Scottish Leaving Certificate Examination, 1957
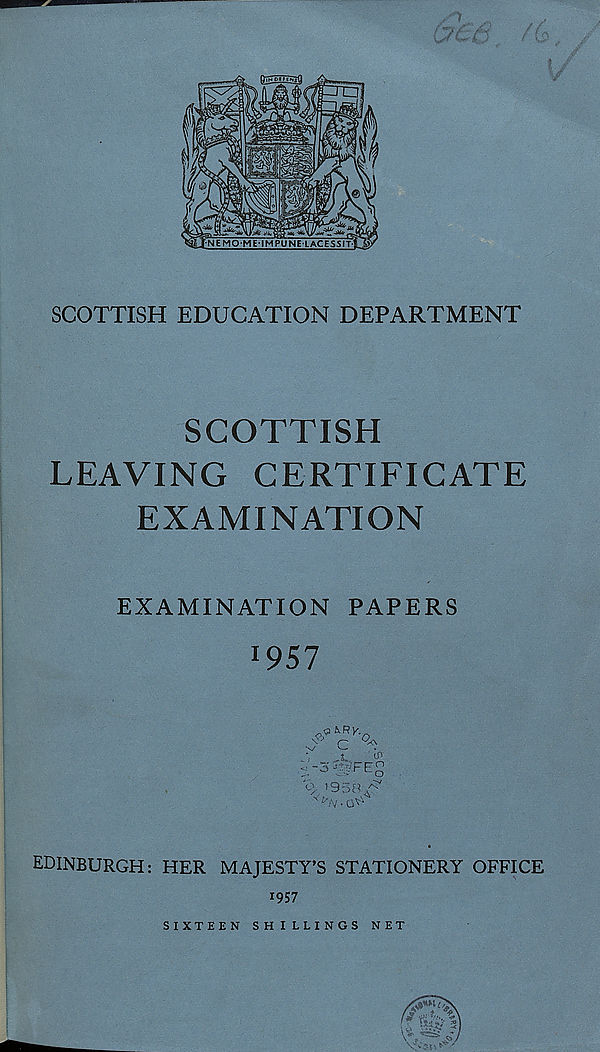
SCOTTISH
LEAVING CERTIFICATE
EXAMINATION
EXAMINATION PAPERS
1 957
r c
- TE"
'95IC
t'N ■ oV
EDINBURGH: HER MAJESTY’S STATIONERY OFFICE
1957
SIXTEEN SHILLINGS NET